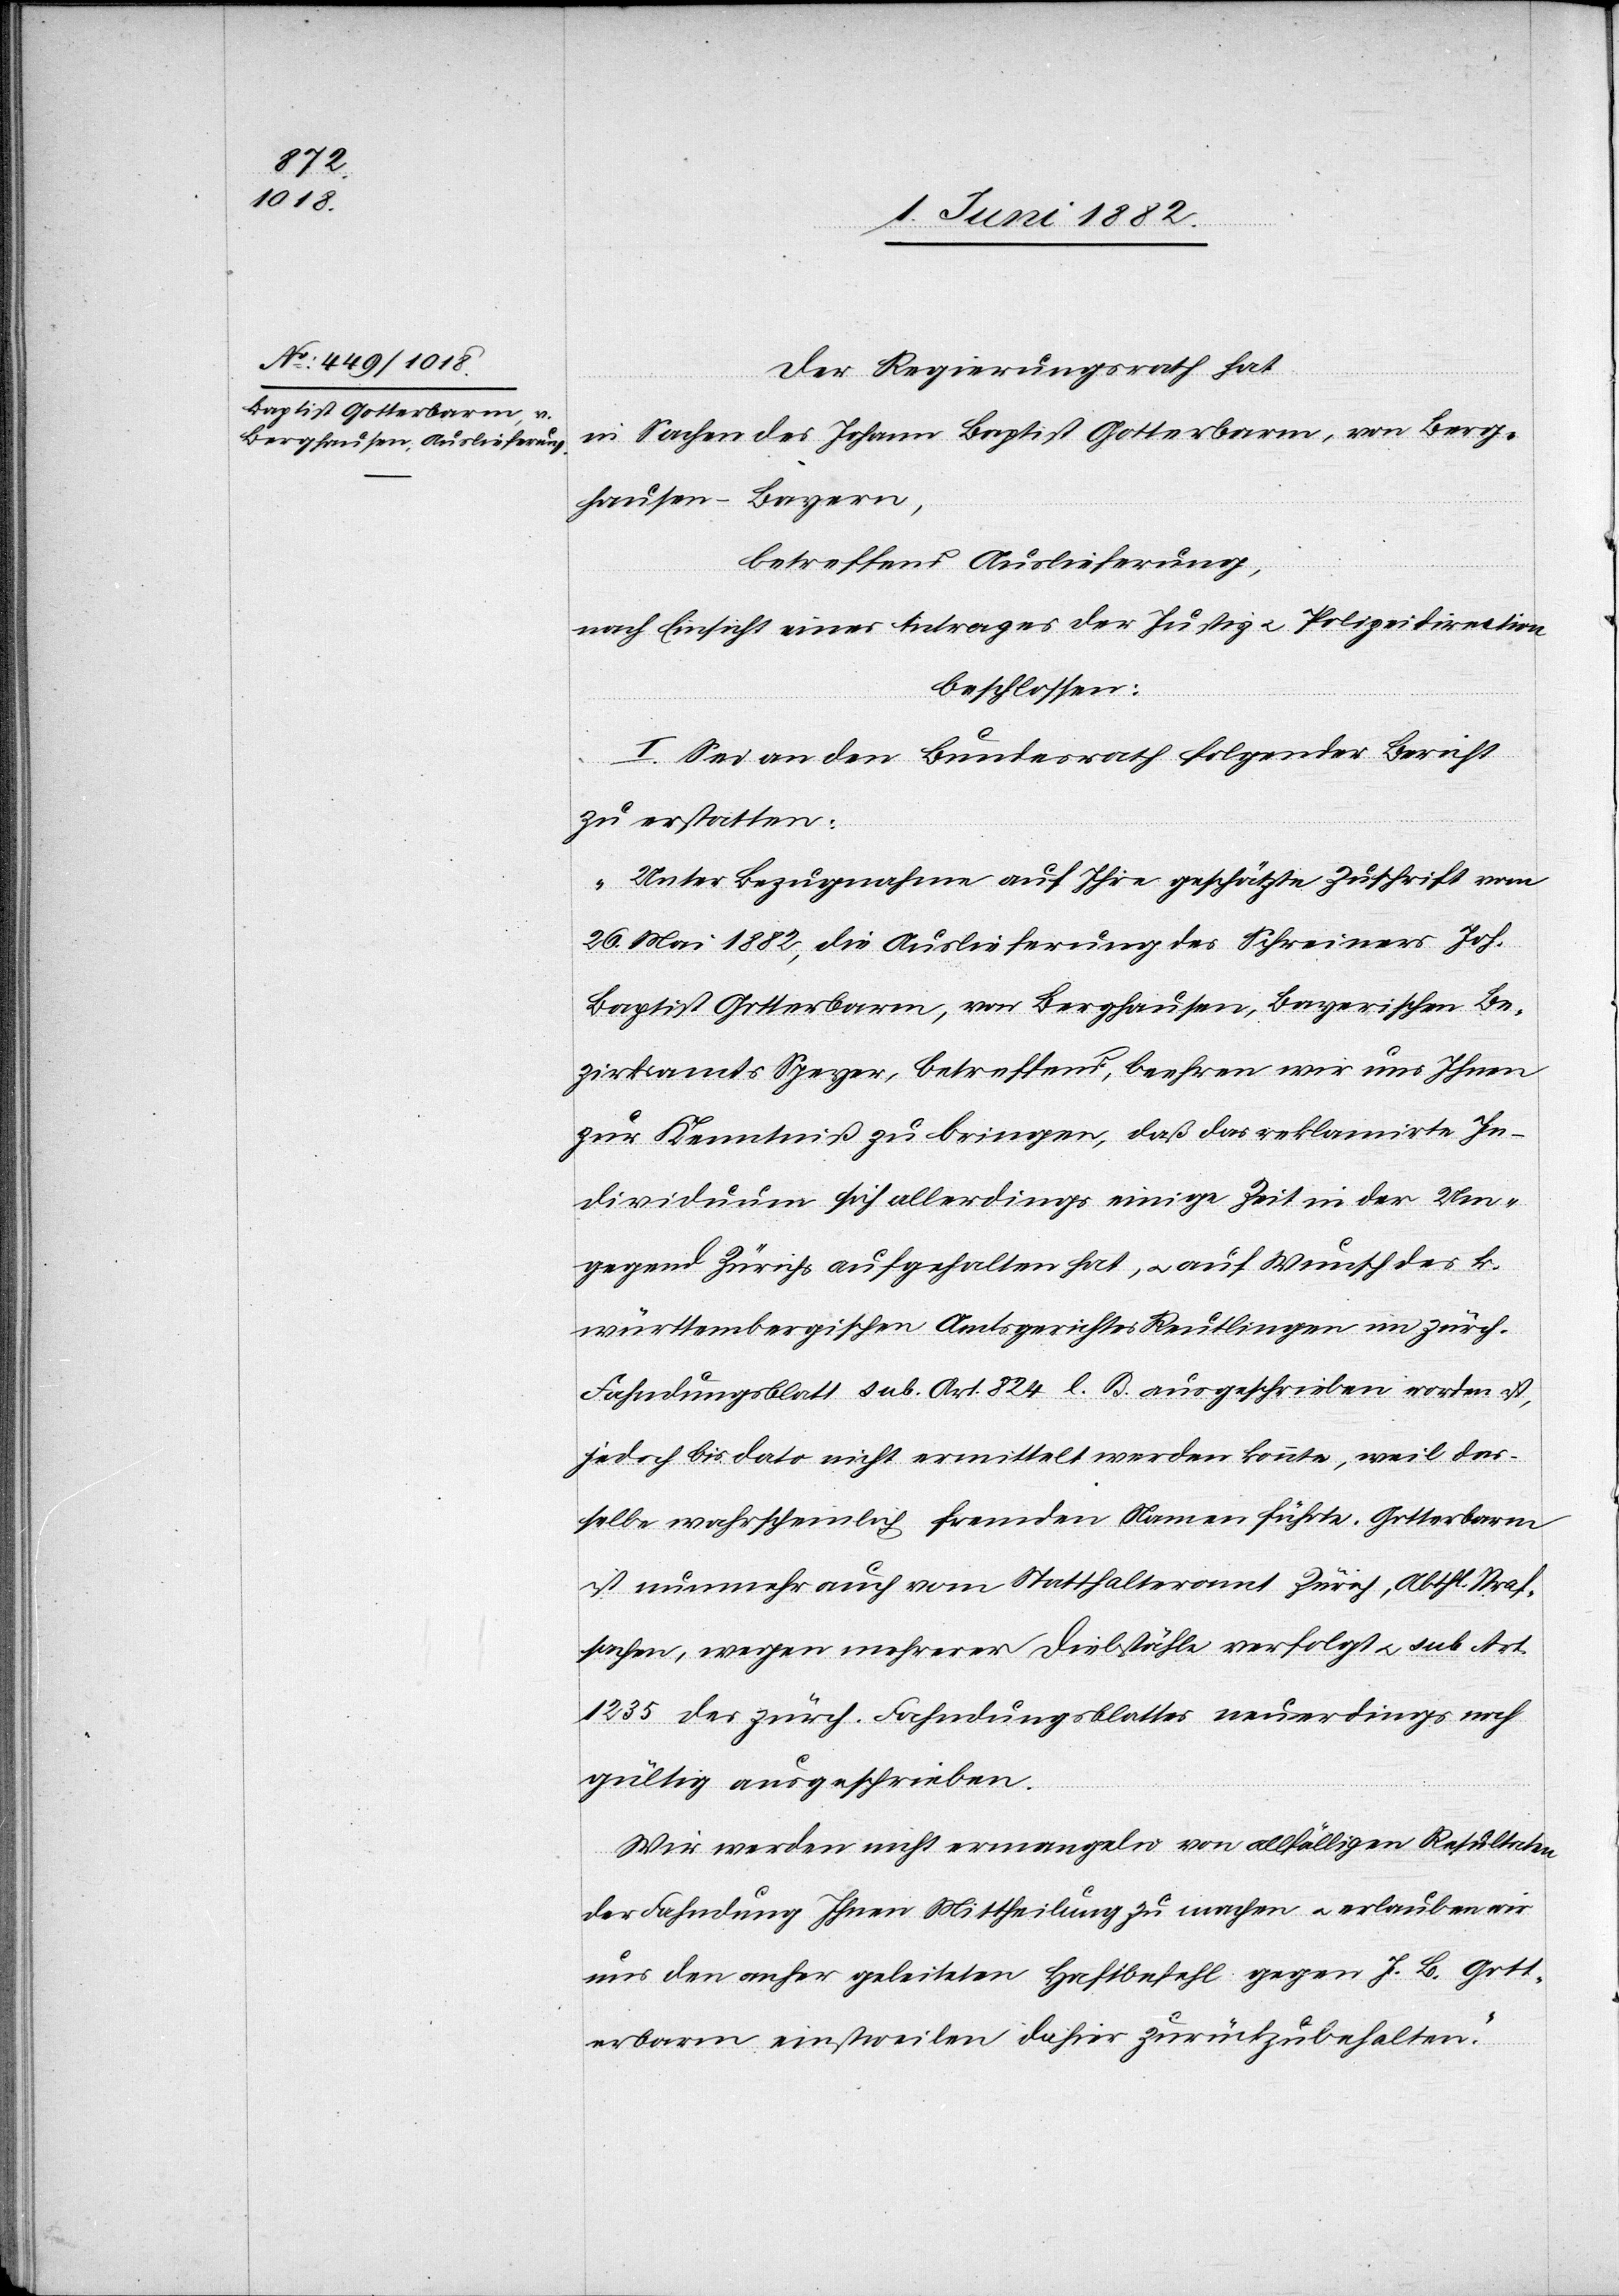
Der Regierungsrath hat,
in Sachen des Johann Baptist Gotterbarm, von Berg¬
hausen - Bayern,
betreffend Auslieferung,
nach Einsicht eines Antrages der Justiz- u. Polizeidirection,
beschlossen:
I. Sei an den Bundesrath folgender Bericht
zu erstatten:
„Unter Bezugnahme auf Ihre geschätzte Zuschrift vom
26. Mai 1882, die Auslieferung des Schreiners Joh.
Baptist Gotterbarm, von Berghausen, Bayerischen Be¬
zirksamts Speyer, betreffend, beehren wir uns Ihnen
zur Kenntniß zu bringen, daß das reklamirte In¬
dividuum sich allerdings einige Zeit in der Um¬
gegend Zürich aufgehalten hat, u. auf Wunsch des k.
württembergischen Amtsgerichts Reutlingen im zürch.
Fahndungsblatt sub. Art. 824 l. B. ausgeschrieben worden ist,
jedoch bis dato nicht ermittelt werden konnte, weil das¬
selbe wahrscheinlich fremden Namen führte, Gotterbarm
ist nunmehr auch vom Statthalteramt Zürich, Abthl. Straf¬
sachen, wegen mehrerer Diebstähle verfolgt u. sub. Art.
1235 des zürch. Fahndungsblattes neuerdings noch
gültig ausgeschrieben.
Wir werden nicht ermangeln von allfälligen Resultaten
der Fahndung Ihnen Mittheilung zu machen u. erlauben wir
uns den anher geleiteten Haftbefehl gegen J. B. Gott¬
erbarm einstweilen dahier zurückzubehalten.“